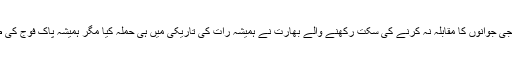
پاکستان کی بہادر عوام اور فوجی جوانوں کا مقابلہ نہ کرنے کی سکت رکھنے والے بھارت نے ہمیشہ رات کی تاریکی میں ہی حملہ کیا مگر ہمیشہ پاک فوج کی طرف سے منہ توڑ جواب ملا۔